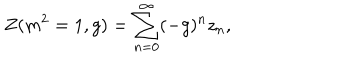
LaTeX: Z ( m ^ { 2 } = 1 , g ) = \sum _ { n = 0 } ^ { \infty } ( - g ) ^ { n } z _ { n } ,